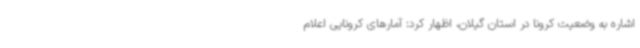
اشاره به وضعیت کرونا در استان گیلان، اظهار کرد: آمارهای کرونایی اعلام